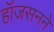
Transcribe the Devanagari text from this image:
हॉजसनने